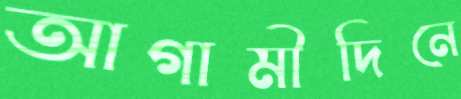
আগামীদিনে